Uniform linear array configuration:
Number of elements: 48
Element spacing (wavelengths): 0.5
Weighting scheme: cosine
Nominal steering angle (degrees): -30
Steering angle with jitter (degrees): -30.463
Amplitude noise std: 0.05
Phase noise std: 0.05

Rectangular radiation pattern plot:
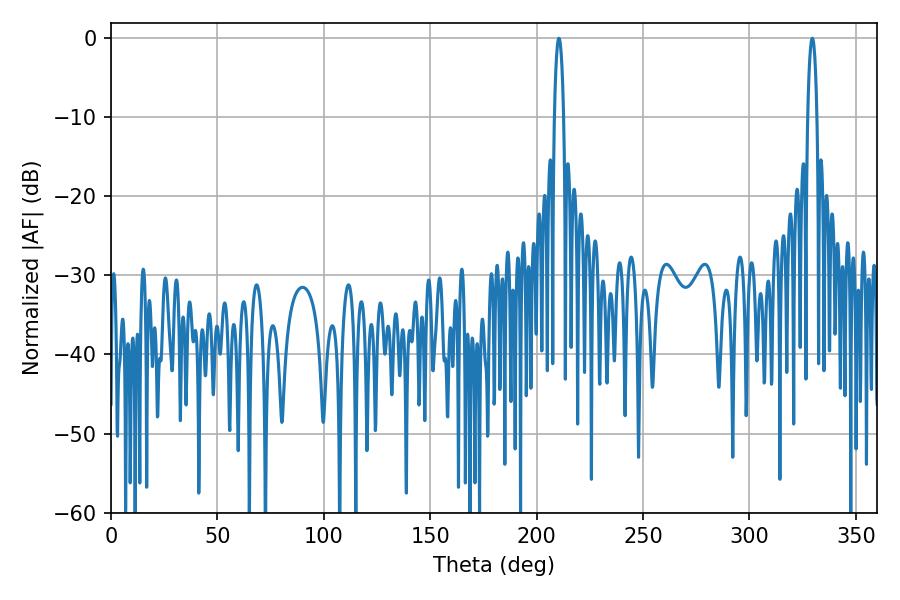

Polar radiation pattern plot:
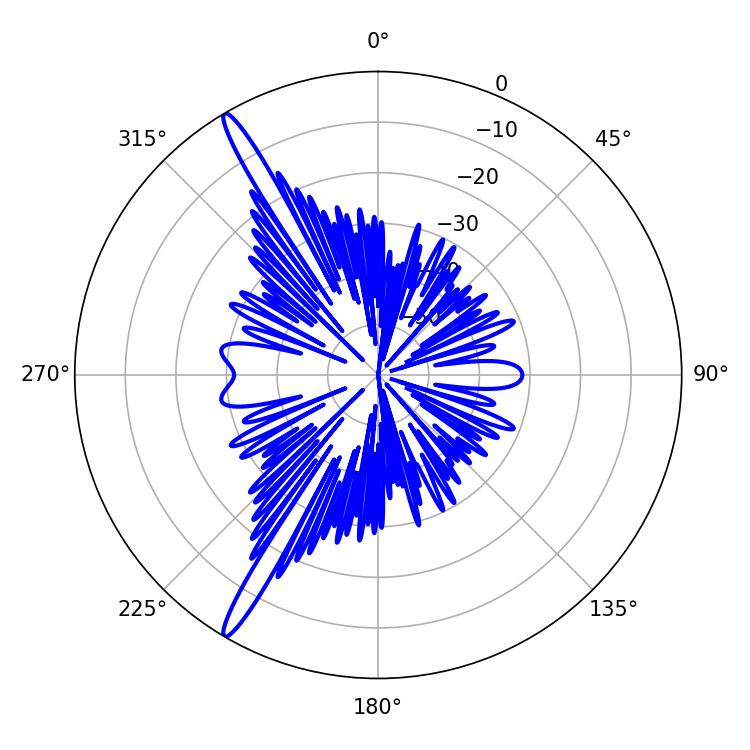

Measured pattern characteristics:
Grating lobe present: FALSE
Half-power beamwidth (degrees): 2.34
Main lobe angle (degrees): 210.42